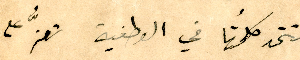
تتحد كلمتُها في الوطنية تعزًّ على